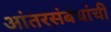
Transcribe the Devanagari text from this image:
आंतरसंबंधांची